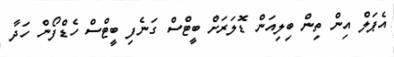
އެޕަލް އިން ތިން ބިލިއަން ޑޮލަރަށް ބީޓްސް ގަނެފި ބީޓްސް ހެޑްފޯން ހަދާ